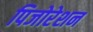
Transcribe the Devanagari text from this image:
पिजोरेशन